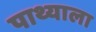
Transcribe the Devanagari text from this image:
पाथ्याला